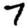
Digit: 7